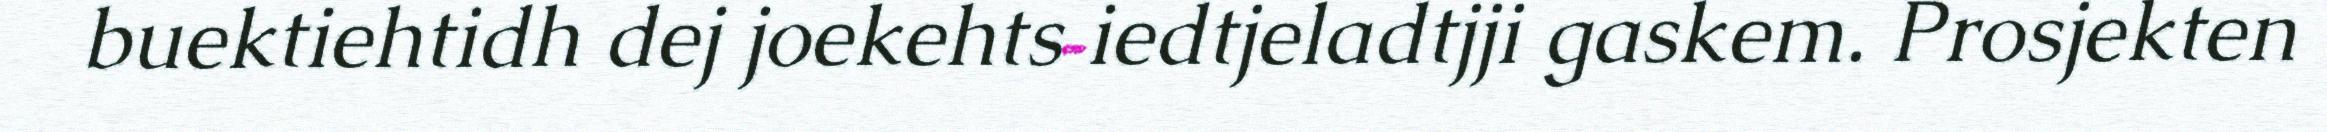
buektiehtidh dej joekehts iedtjeladtjji gaskem. Prosjekten